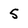
Character: S